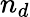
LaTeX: n_{d}